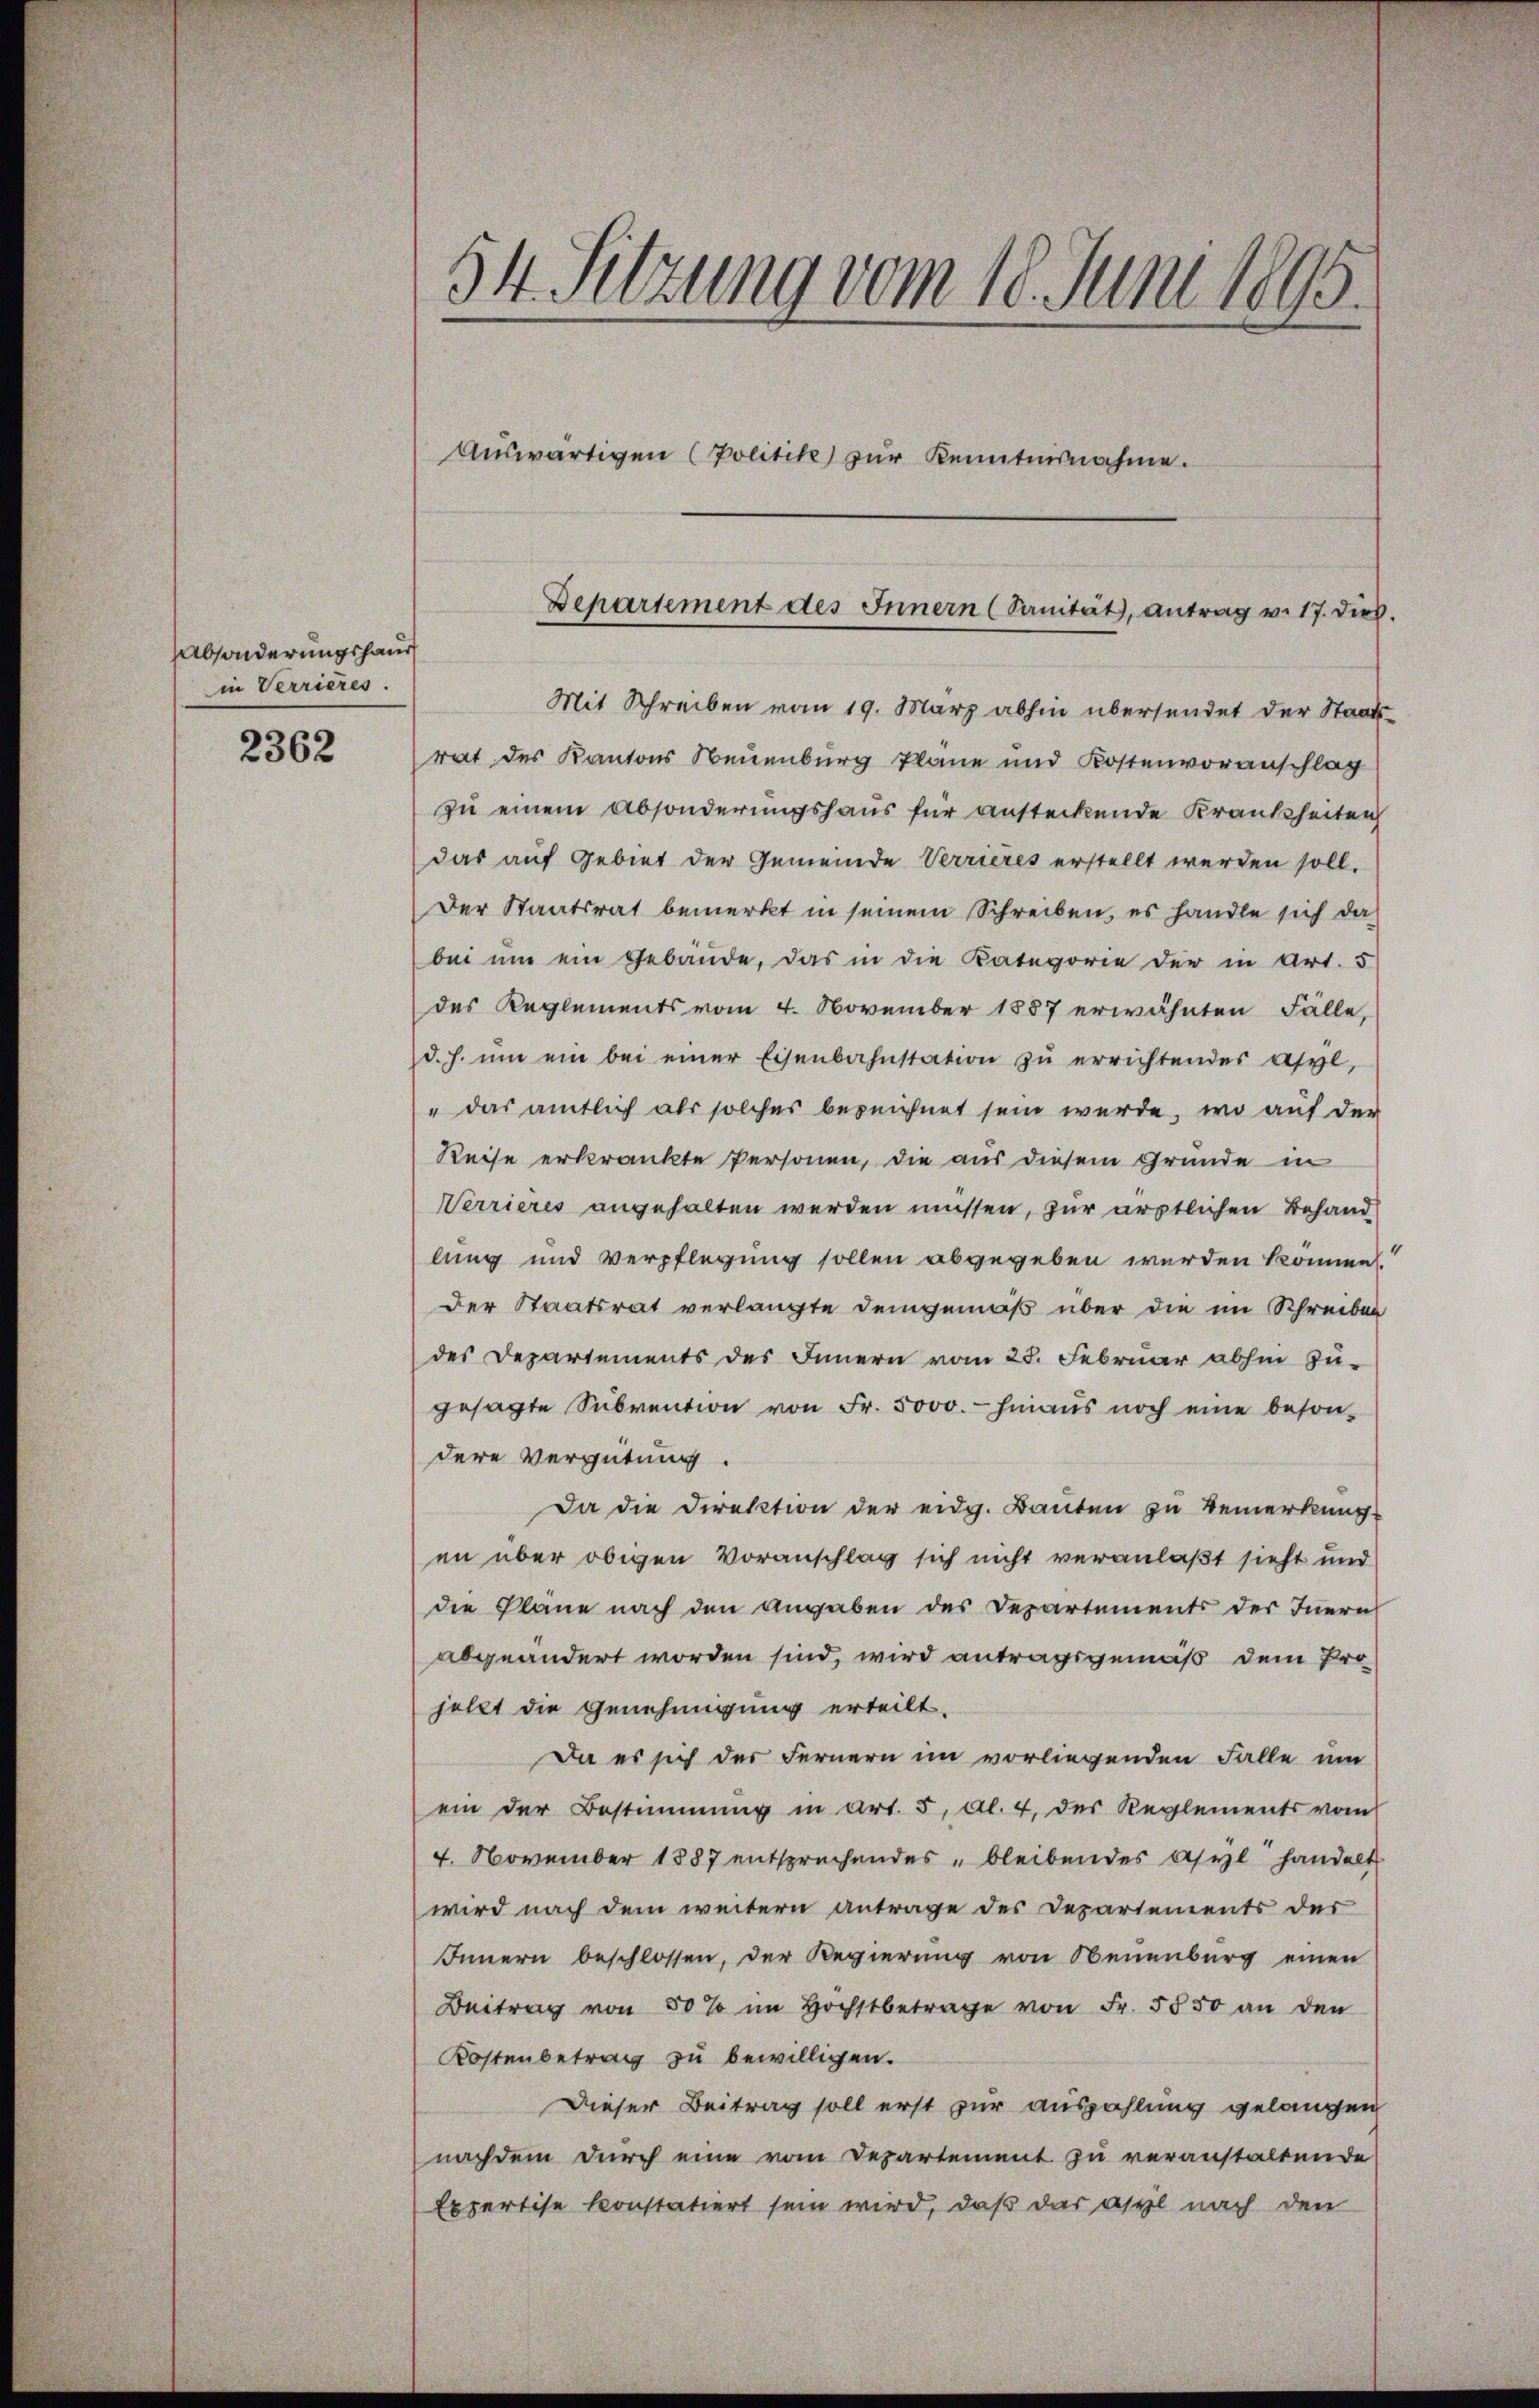
Absonderungshaus
in Verrieres.

2362

54. Sitzung vom 18. Juni 1895.
Auswärtigen (Politik zur Kenntnisnahme.

Mit Schreiben vom 19. März abhin übersendet der Staats-
rat des Kantons Neuenburg Plane und Kostenvoranschlag
zu einem Absonderungshaus für ansteckende Krankheiten
das auf Gebiet der Gemeinde Verrieres erstellt werden soll.
Der Staatsrat bemerkt in seinem Schreiben, es handle sich da
bei um ein Gebäude, das in die Kategorie der in Art. 5
des Reglements vom 4. November 1887 erwähnten Fälle,
d.h. ŭm ein bei einer Eisenbahnstation zu errichtendes Asyl,
"das amtlich als solches bezeichnet sein werde, wo auf der
Reise erkränkte Personen, die aus diesem Grunde in
Verrieres angehalten werden müssen, zur ärztlichen Behand
lung und Verpflegung sollen abgegeben werden könne
Der Staatsrat verlangte Demgemäß über die im Schreiben
des Departements des Innern vom 23. Februar abhin zu-
gesagte Sŭbvention von Fr. 5000.- hinaŭs noch eine beson-
dere Vergütung
Da die Direktion der eidg. Bauten zu Bemerkung
en über obigen Voranschlag sich nicht veranlaßt sieht und
die Pläne nach den Angaben des Departements der Inern
abgeändert worden sind, wird antragsgemäß dem Pro
jellt die Genehmigung erteilt.
Da es sich des Fernern im vorliegenden Falle um
ein der Bestimmung in Art. 5, Al. 4, des Reglements vom
4. November 1887 entsprechendes bleibendes Asyl handelt
wird nach dem weitern antrage des Departements der
Innern beschlossen, der Regierung von Neuenburg einen
Beitrag von 50% im Hochstbetrage von Fr. 5550 an den
Kostenbetrag zu bewilligen.
Dieser Beitrag soll erst zur auszahlung gelangen
nachdem durch eine vom Departement zu veranstaltende
Expertise konstatiert sein wird, daß das aspil nach den

Departement des Innern (Sanität, antrag v. 17. dies.